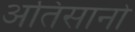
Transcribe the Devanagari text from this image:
अतिसानो